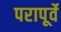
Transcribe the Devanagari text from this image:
परापूर्वे